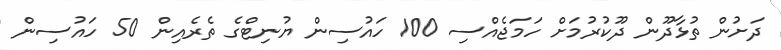
ދަށުން ތުޅާދޫން ދޫކުރުމަށް ހަމަޖެއްސި 100 ހައުސިން ޔުނިޓްގެ ތެރެއިން 50 ހައުސިން